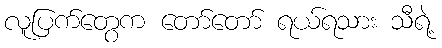
လူပြက်တွေက တော်တော် ရယ်ရသား သီရဲ့